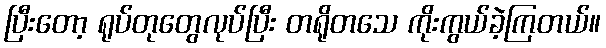
ပြီးတော့ ရုပ်တုတွေလုပ်ပြီး တရိုတသေ ကိုးကွယ်ခဲ့ကြတယ်။